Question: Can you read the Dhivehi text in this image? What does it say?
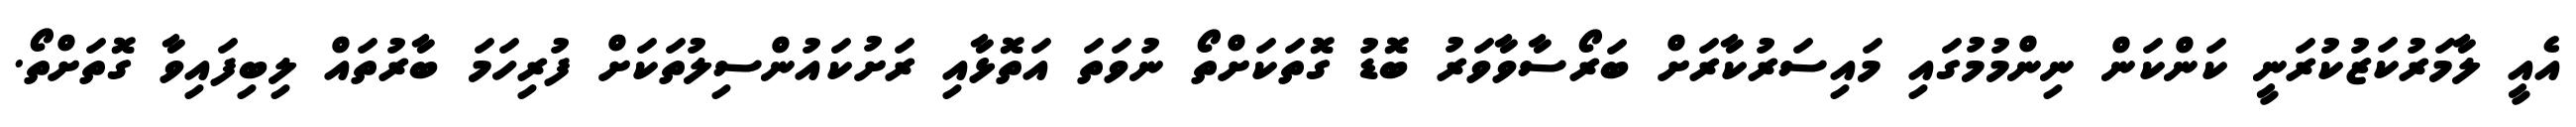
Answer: އެއީ ލާމަރުކަޒުކުރަނީ ކަންކަން ނިންމުމުގައި މައިސަރުކާރަށް ބަރޯސާވާވަރު ބޮޑު ގޮތަކަށްތޯ ނުވަތަ އަތޮޅާއި ރަށުކައުންސިލުތަކަށް ފުރިހަމަ ބާރުތައް ލިބިފައިވާ ގޮތަށްތޯ.